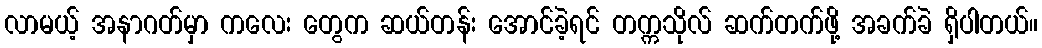
လာမယ့် အနာဂတ်မှာ ကလေး တွေက ဆယ်တန်း အောင်ခဲ့ရင် တက္ကသိုလ် ဆက်တက်ဖို့ အခက်ခဲ ရှိပါတယ်။